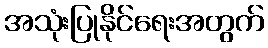
အသုံးပြုနိုင်ရေးအတွက်